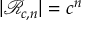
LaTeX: | { \mathcal { R } } _ { c , n } | = c ^ { n }